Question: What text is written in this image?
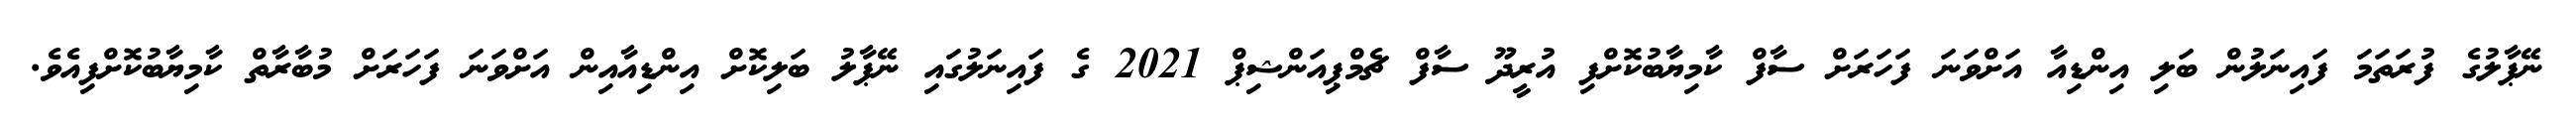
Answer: ނޭޕާލުގެ ފުރަތަމަ ފައިނަލުން ބަލި އިންޑިއާ އަށްވަނަ ފަހަރަށް ސާފް ކާމިޔާބުކޮށްފި އުރީދޫ ސާފް ޗެމްޕިއަންޝިޕް 2021 ގެ ފައިނަލުގައި ނޭޕާލު ބަލިކޮށް އިންޑިއާއިން އަށްވަނަ ފަހަރަށް މުބާރާތް ކާމިޔާބުކޮށްފިއެވެ.